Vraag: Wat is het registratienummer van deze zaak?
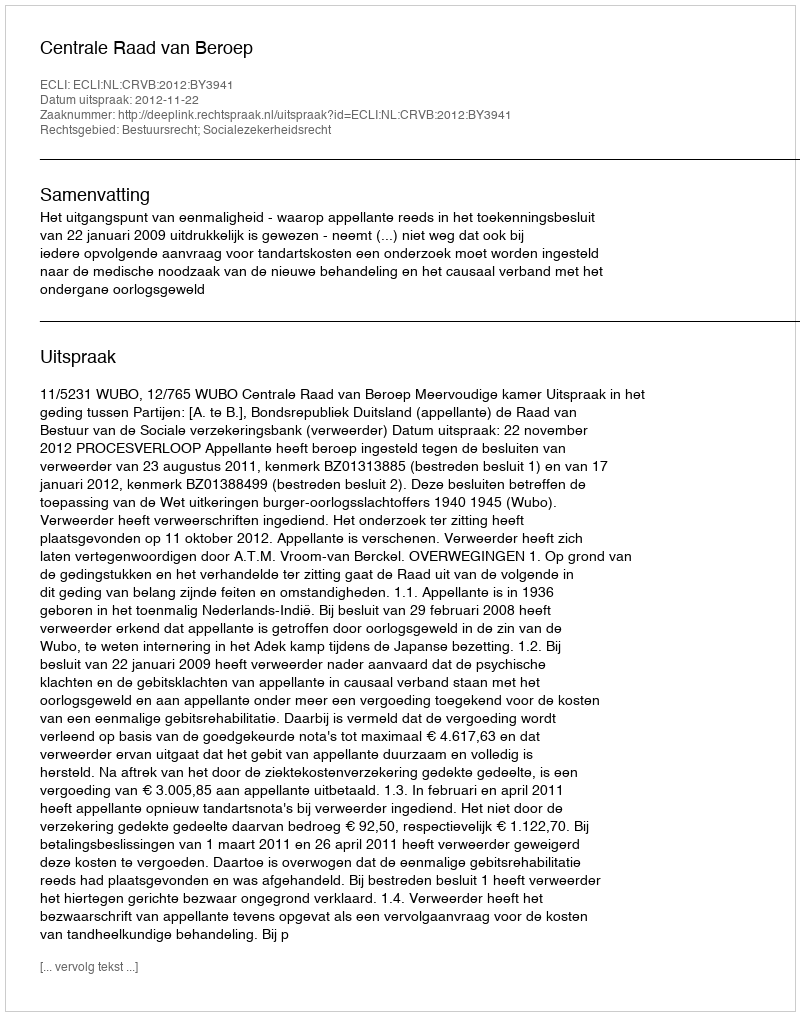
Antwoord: http://deeplink.rechtspraak.nl/uitspraak?id=ECLI:NL:CRVB:2012:BY3941